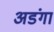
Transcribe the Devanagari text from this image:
अडंगा